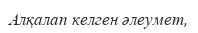
Алқалап келген әлеумет,